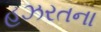
હઝરતના